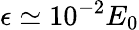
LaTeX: \epsilon\simeq 10^{-2}E_{0}